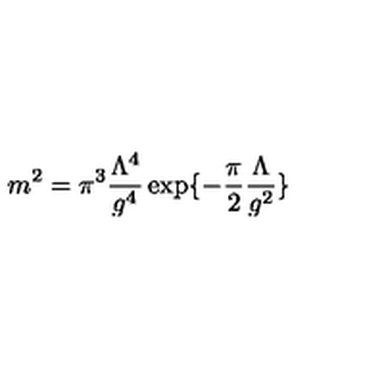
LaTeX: m ^ { 2 } = \pi ^ { 3 } \frac { \Lambda ^ { 4 } } { g ^ { 4 } } \exp \{ - \frac { \pi } { 2 } \frac { \Lambda } { g ^ { 2 } } \}